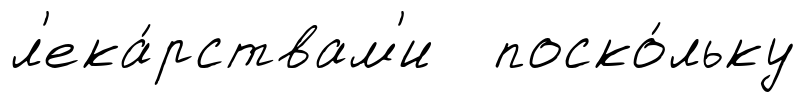
л'ека́рствам'и поско́льку